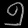
Digit: ၅